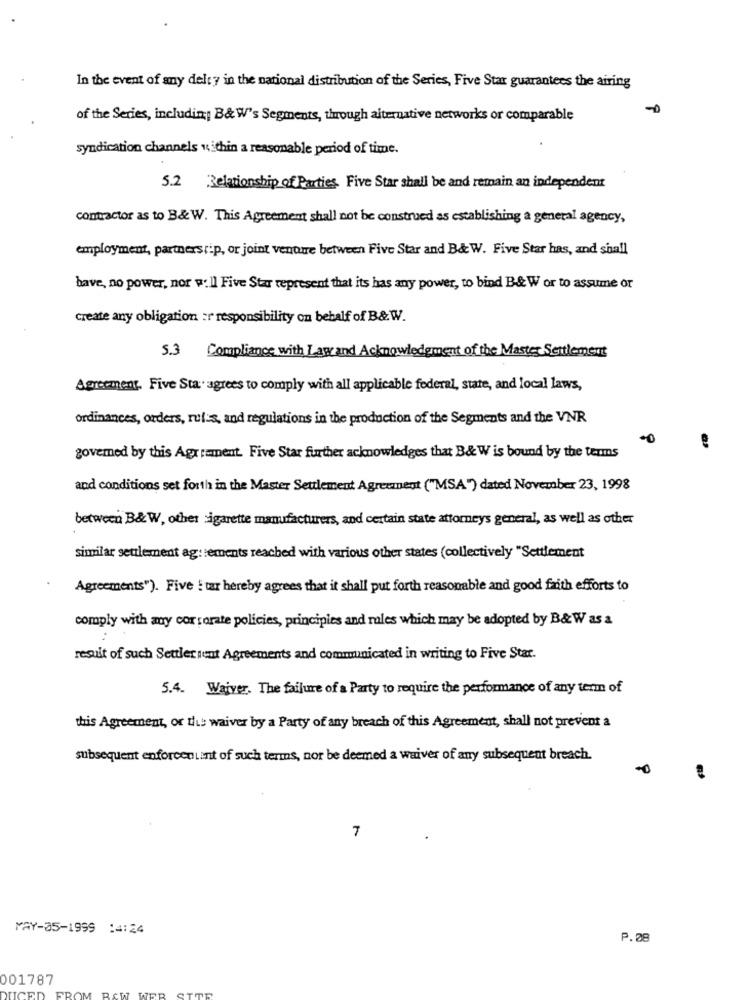
In the event of any delty in the national distribution of the Series, Five Star guarantees the airing
-0
of the Series, including B& W's Segments, though alternative networks or comparable
syndication channels ", thin a reasonable period of time.
5.2 Relationship of Parties, Five Star shall be and remain an independent
contractor as to B&W. This Agreement shall not be construed as establishing a general agency,
employment, partners ;ip, or joint venture between Five Star and B& W. Five Star has, and shall
have, no power, nor will Five Star represent that its has any power, to bind B& W or to assume or
create any obligation ir responsibility on behalf of B&W.
5.3 Compliance with Law and Acknowledgment of the Master Settlement
Agreement. Five Sta. agrees to comply with all applicable federal, state, and local laws,
ordinances, orders, rules, and regulations in the production of the Segments and the VNR
govemed by this Agr rament. Five Star further acknowledges that B& W is bound by the terms
and conditions set forth in the Master Seulement Agreement ("MSA") dated November 23, 1998
between B& W, other sigarette manufacturers, and certain state attorneys general, as well as other
similar settlement ag: tements reached with various other states (collectively "Settlement
Agreements"). Five ! tar hereby agrees that it shall put forth reasonable and good faith efforts to
comply with may corporate policies, principles and moles which may be adopted by B& W as a
result of such Settler rent Agreements and communicated in writing to Five Star.
5.4. Waiver. The failure of a Party to require the performance of any term of
this Agreement, or tis waiver by a Party of any breach of this Agreement, shall not prevent a
subsequent enforcen Lant of such terms, nor be deemed a waiver of any subsequent breach.
7
MAY-05-1999 :4:24
P.08
001787
TICE